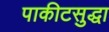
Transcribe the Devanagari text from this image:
पाकीटसुद्धा